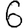
Digit: 6